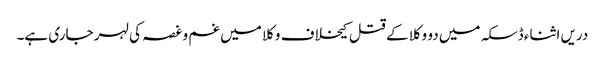
دریں اثناء ڈسکہ میں دو وکلا کے قتل کیخلاف وکلا میں غم و غصہ کی لہر جاری ہے۔